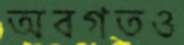
অবগতও